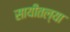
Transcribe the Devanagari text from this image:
सायीतल्या